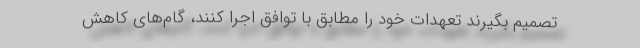
تصمیم بگیرند تعهدات خود را مطابق با توافق اجرا کنند، گام‌های کاهش